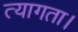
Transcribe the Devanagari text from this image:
त्‍यागता।